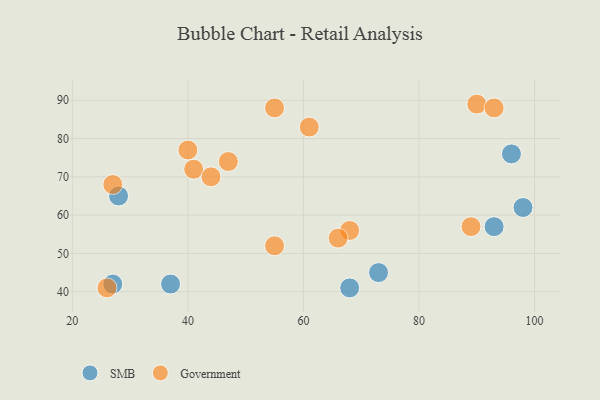
{"axis": {"x": "GDP", "y": "Life Expectancy"}, "legend": ["Government", "SMB"], "data": [{"x": "93", "y": 57, "type": "SMB"}, {"x": "37", "y": 42, "type": "SMB"}, {"x": "27", "y": 42, "type": "SMB"}, {"x": "96", "y": 76, "type": "SMB"}, {"x": "98", "y": 62, "type": "SMB"}, {"x": "28", "y": 65, "type": "SMB"}, {"x": "73", "y": 45, "type": "SMB"}, {"x": "68", "y": 41, "type": "SMB"}, {"x": "26", "y": 41, "type": "Government"}, {"x": "27", "y": 68, "type": "Government"}, {"x": "89", "y": 57, "type": "Government"}, {"x": "90", "y": 89, "type": "Government"}, {"x": "55", "y": 52, "type": "Government"}, {"x": "47", "y": 74, "type": "Government"}, {"x": "41", "y": 72, "type": "Government"}, {"x": "68", "y": 56, "type": "Government"}, {"x": "93", "y": 88, "type": "Government"}, {"x": "66", "y": 54, "type": "Government"}, {"x": "40", "y": 77, "type": "Government"}, {"x": "55", "y": 88, "type": "Government"}, {"x": "44", "y": 70, "type": "Government"}, {"x": "61", "y": 83, "type": "Government"}]}